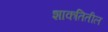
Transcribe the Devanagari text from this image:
शाकतितील